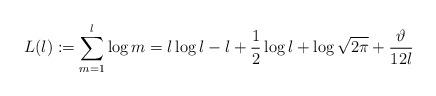
LaTeX: \begin{align*} L(l):= \sum_{m=1}^{l}\log m =l\log l - l +\frac12 \log l + \log\sqrt{2\pi} + \frac{\vartheta}{12l}\end{align*}